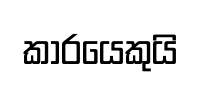
කාරයෙකුයි